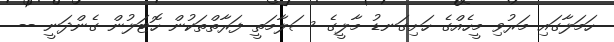
ހަމަލާގައި މަރުވި މީހެއްގެ ހަށިގަނޑު މާލީގެ ސަލާމަތީ ފަރާތްތަކުން ހޮޓަލުން ގެންދަނީ --